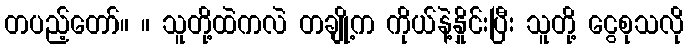
တပည့်တော်။ ။ သူတို့ထဲကလဲ တချို့က ကိုယ်နဲ့နှိုင်းပြီး သူတို့ ငွေစုသလို